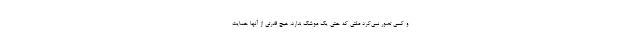
و کسی تصور نمی‌کرد ملتی که حتی یک موشک ندارد، هیچ قدرتی از آنها حمایت